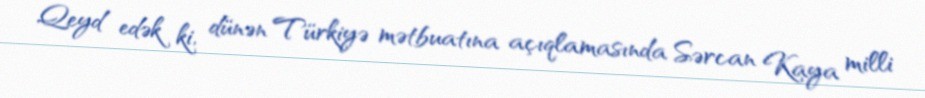
Qeyd edək ki, dünən Türkiyə mətbuatına açıqlamasında Sərcan Kaya milli